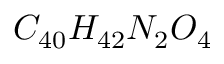
C _ { 4 0 } H _ { 4 2 } N _ { 2 } O _ { 4 }